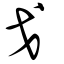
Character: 戈